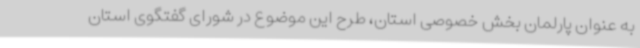
به عنوان پارلمان بخش خصوصی استان، طرح این موضوع در شورای گفتگوی استان